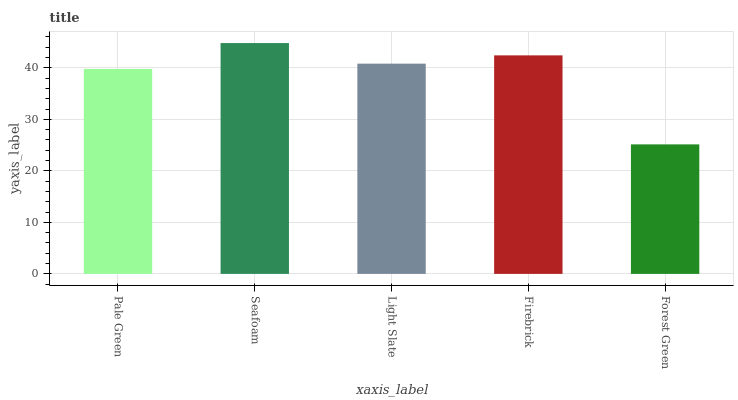
| xaxis_label | bars |
 | --- | --- |
 | Pale Green | 39.8 |
 | Seafoam | 44.8 |
 | Light Slate | 40.8 |
 | Firebrick | 42.4 |
 | Forest Green | 25.1 |